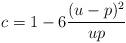
LaTeX: \begin{align*}c=1 - 6 \frac{(u-p)^2}{up}\end{align*}